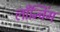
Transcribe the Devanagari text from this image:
लाँन्चिंग